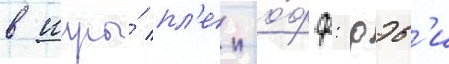
в игры́ пл'еи-о́фф: дэв'и